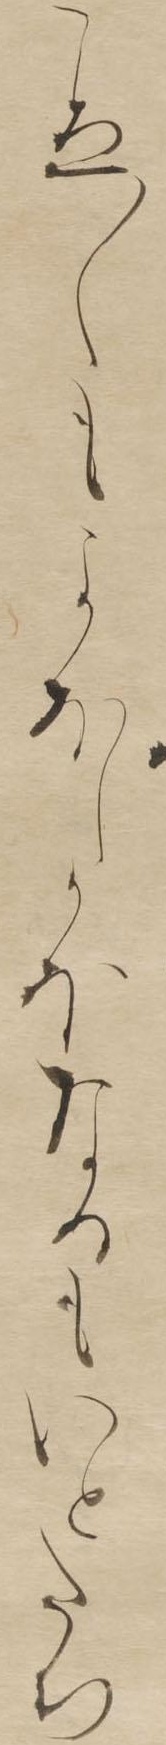
こゑ〱もよほしかほなるもいとたち